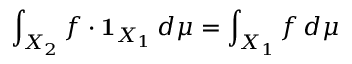
\int _ { X _ { 2 } } f \cdot { \mathbf { 1 } } _ { X _ { 1 } } \, d \mu = \int _ { X _ { 1 } } f \, d \mu